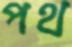
পথ